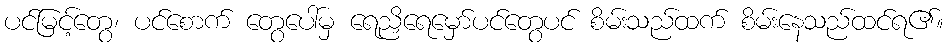
ပင်မြင့်တွေ၊ ပင်စောက် တွေပေါ်မှ ရေညှိရေမှော်ပင်တွေပင် စိမ်းသည်ထက် စိမ်းနေသည်ထင်ရ၏။